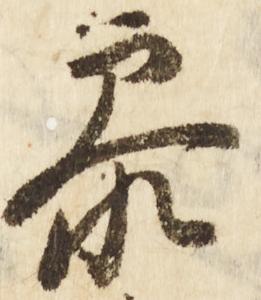
参